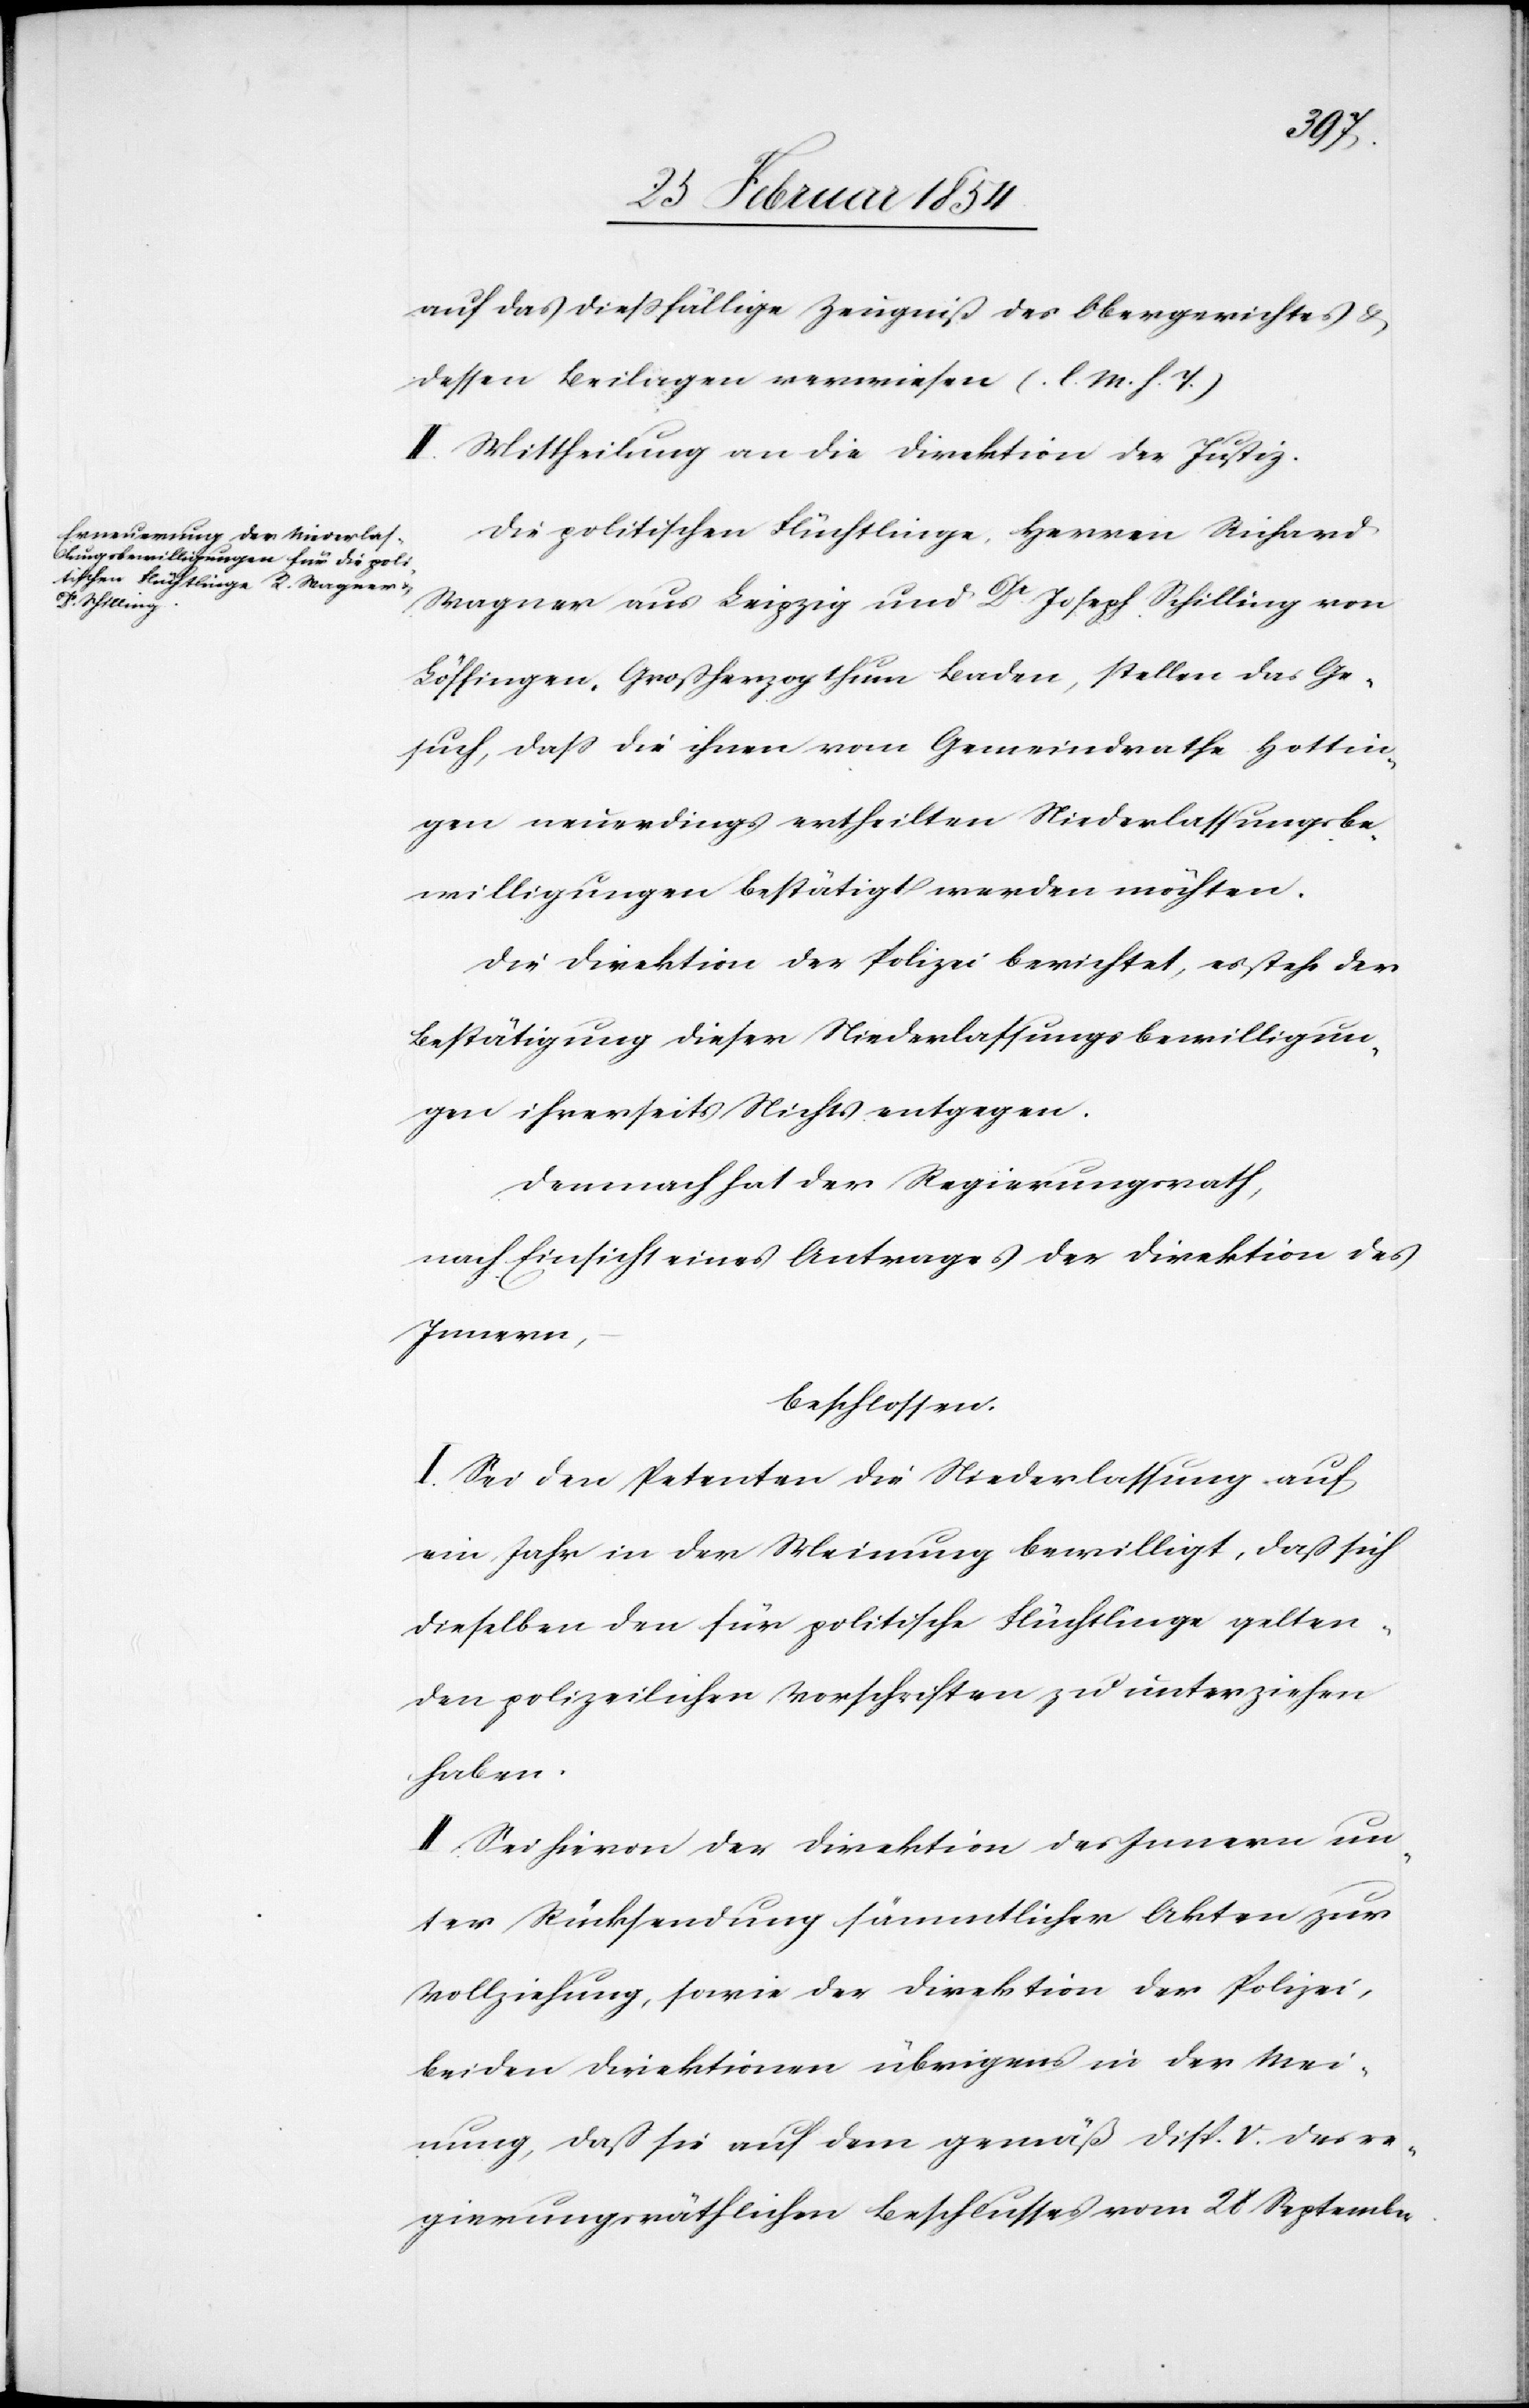
auf das dießfällige Zeugniß des Obergerichtes &
dessen Beilagen verwiesen (.l. M. h. T.)[.]
Die politischen Flüchtlinge, Herren Richard
Wagner aus Leipzig und Dr Joseph Schilling von
Löffingen, Großherzogthum Baden, stellen da Ge¬
such, daß die ihnen vom Gemeindrathe Hottin¬
gen neuerdings ertheilten Niederlassungsbe¬
willigungen bestätigt werden möchten.
Die Direktion der Polizei berichtet, es stehe der
Bestätigung dieser Niederlassungsbewilligun¬
gen ihrerseits Nichts entgegen.
Demnach hat der Regierungsrath,
nach Einsicht eines Antrages der Direktion des
Innern,
beschlossen:
I. Sei den Petenten die Niederlassung auf
ein Jahr in der Meinung bewilligt, daß sich
dieselben den für politische Flüchtlinge gelten¬
den polizeilichen Vorschriften zu unterziehen
haben.
II. Sei hievon der Direktion des Innern un¬
ter Rücksendung sämmtlicher Akten zur
Vollziehung, sowie der Direktion der Polizei,
beiden Direktionen übrigens in der Mei¬
nung, daß sie auf den gemäß Disp. V. des re¬
gierungsräthlichen Beschlusses vom 28 September